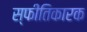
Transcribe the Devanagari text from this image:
स्फीतिकारक